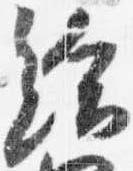
給